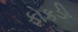
ફોકડી